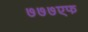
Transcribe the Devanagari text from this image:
७७७एफ